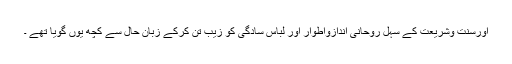
اورسنت وشریعت کے سہل روحانی اندازواطوار اور لباسِ سادگی کو زیب تن کرکے زبان حال سے کچھ یوں گویا تھے ۔